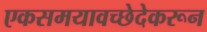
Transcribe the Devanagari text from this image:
एकसमयावच्छेदेकरून